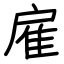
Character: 雇